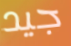
جيد